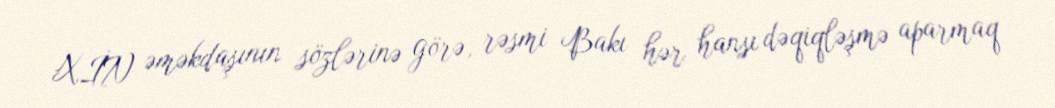
XİN əməkdaşının sözlərinə görə, rəsmi Bakı hər hansı dəqiqləşmə aparmaq